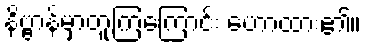
နိဗ္ဗာန်မှာတူကြကြောင်း ဟောထား၏။